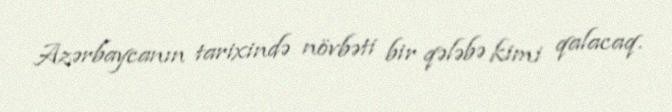
Azərbaycanın tarixində növbəti bir qələbə kimi qalacaq.